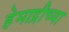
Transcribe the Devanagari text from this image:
हेमाद्रीच्या